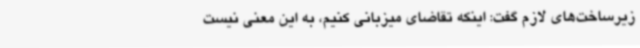
زیرساخت‌های لازم گفت: اینکه تقاضای میزبانی کنیم، به این معنی نیست